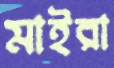
মাইরা